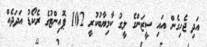
އަދި ޖެހިގެން އައި ސީޒަންގެ ލީގު ކާމިޔާބުކުރީ 102 ޕޮއިންޓުގެ ރެކޯޑު އަދަދެއް